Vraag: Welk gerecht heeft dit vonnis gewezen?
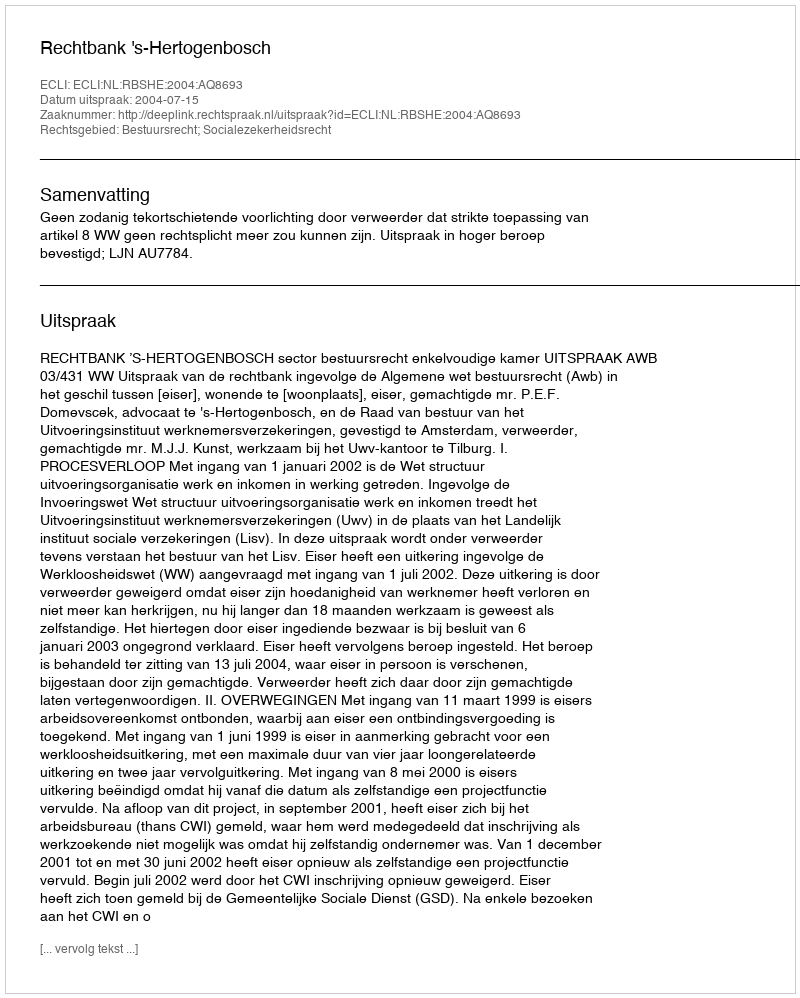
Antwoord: Rechtbank 's-Hertogenbosch